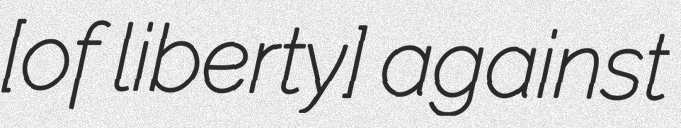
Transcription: [of liberty] against